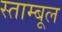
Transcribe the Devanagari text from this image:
स्ताम्बूल